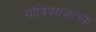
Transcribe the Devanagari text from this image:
गोविंदग्रजांच्या